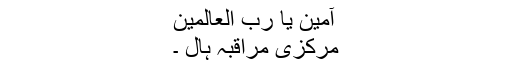
آمین یا رب العالمین
مرکزی مراقبہ ہال ۔